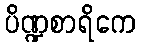
ပိဏ္ဍစာရိကေ